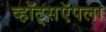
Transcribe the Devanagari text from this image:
व्हॉट्सऍपला